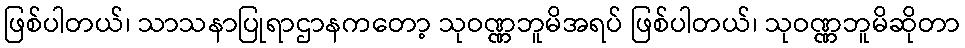
ဖြစ်ပါတယ်၊ သာသနာပြုရာဌာနကတော့ သုဝဏ္ဏဘူမိအရပ် ဖြစ်ပါတယ်၊ သုဝဏ္ဏဘူမိဆိုတာ